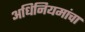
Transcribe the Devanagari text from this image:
अधिनियमांचा